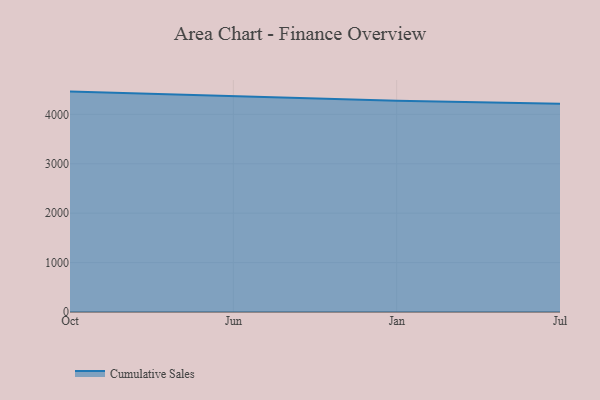
{"axis": {"x": "Month", "y": "Gross Profit (USD K)"}, "legend": ["Cumulative Sales"], "data": [{"x": "Oct", "y": 4460.6, "type": "Cumulative Sales"}, {"x": "Jun", "y": 4373.8, "type": "Cumulative Sales"}, {"x": "Jan", "y": 4273.2, "type": "Cumulative Sales"}, {"x": "Jul", "y": 4214.8, "type": "Cumulative Sales"}]}